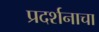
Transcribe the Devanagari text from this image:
प्रदर्शनाचा